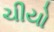
ચીયો